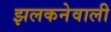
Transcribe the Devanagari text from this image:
झलकनेवाली